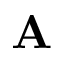
\mathbf { A }